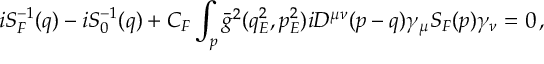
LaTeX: i S _ { F } ^ { - 1 } ( q ) - i S _ { 0 } ^ { - 1 } ( q ) + C _ { F } \int _ { p } \bar { g } ^ { 2 } ( q _ { E } ^ { 2 } , p _ { E } ^ { 2 } ) i D ^ { \mu \nu } ( p - q ) \gamma _ { \mu } S _ { F } ( p ) \gamma _ { \nu } = 0 \, ,